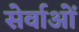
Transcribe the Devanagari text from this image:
सेर्वाओं